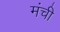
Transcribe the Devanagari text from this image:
मंची